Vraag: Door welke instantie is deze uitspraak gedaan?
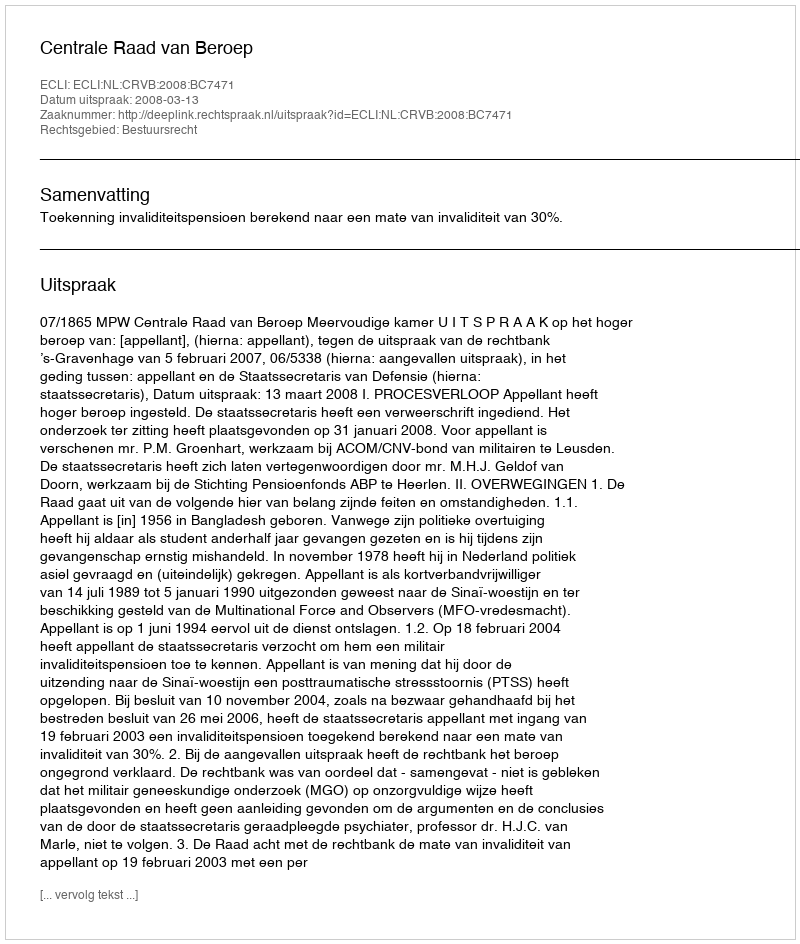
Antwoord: Centrale Raad van Beroep